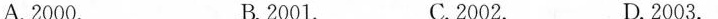
A.2000. B.2001. C.2002. D.2003.